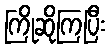
ကြိုဆိုကြပြီး